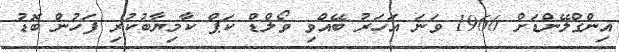
އިންގްލޭންޑަށް 1966 ވަނަ އަހަރު ބޭއްވި ވޯލްޑް ކަޕް ކާމިޔާބުކުރި ފަހުން ބޮޑު